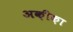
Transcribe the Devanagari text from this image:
अक़ीक़ा